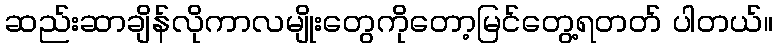
ဆည်းဆာချိန်လိုကာလမျိုးတွေကိုတော့မြင်တွေ့ရတတ် ပါတယ်။